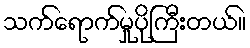
သက်ရောက်မှုပိုကြီးတယ်။